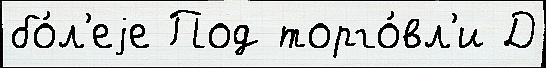
бо́л'еjе Под торго́вл'и Д